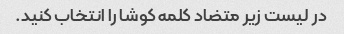
در لیست زیر متضاد کلمه کوشا را انتخاب کنید.